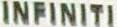
INFINITI